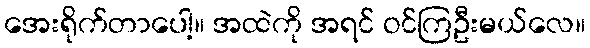
အေးရိုက်တာပေါ့။ အထဲကို အရင် ဝင်ကြဦးမယ်လေ။